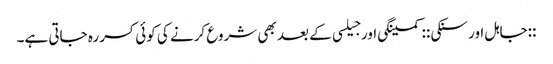
::جاہل اور سنکی:: کمینگی اور جیلسی کے بعد بھی شروع کرنے کی کوئی کسر رہ جاتی ہے۔